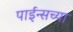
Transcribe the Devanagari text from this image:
पाईन्सच्या